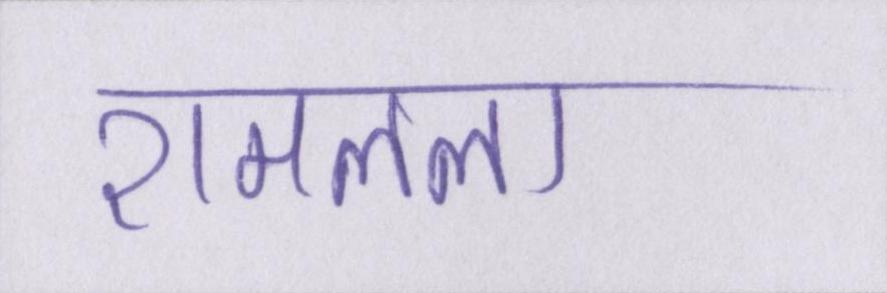
रामलला